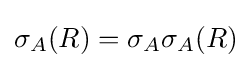
\sigma _{A}(R)=\sigma _{A}\sigma _{A}(R)\,\!